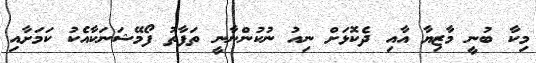
މިކާ ބުނީ މާޒިޔާ އާއި ދެކޮޅަށް ނިއު ނުކުންނާނީ ތަފާތު ފޯމޭޝަނަކާއެކު ކަމަށާއި